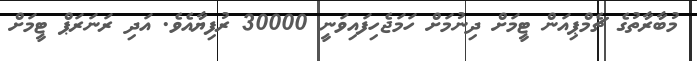
މުބާރާތުގެ ޗެމްޕިއަން ޓީމަށް ދިނުމަށް ހަމަޖެހިފައިވަނީ 30000 ރުފިޔާއެވެ. އަދި ރަނަރަޕް ޓީމަށް